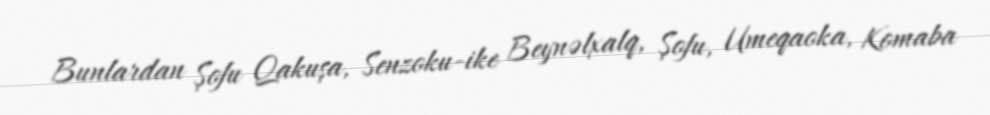
Bunlardan Şofu Qakuşa, Senzoku-ike Beynəlxalq, Şofu, Umeqaoka, Komaba